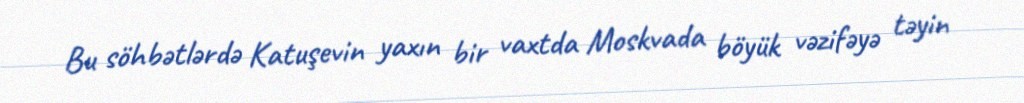
Bu söhbətlərdə Katuşevin yaxın bir vaxtda Moskvada böyük vəzifəyə təyin